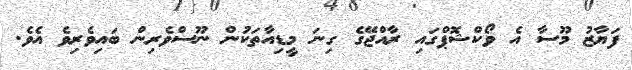
ފަޔާޒު މޫސާ އެ ވޯކްޝޮޕްގައި ރާއްޖޭގެ ގިނަ މީޑިއާތަކުން ނޫސްވެރިން ބައިވެރިވެ އެވެ.